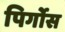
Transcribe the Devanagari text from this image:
पिर्गोस